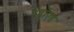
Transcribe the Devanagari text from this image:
ऐंड्रॉएड